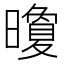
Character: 𪱏